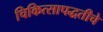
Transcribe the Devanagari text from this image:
चिकित्सापद्धतीचे